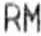
RM